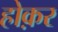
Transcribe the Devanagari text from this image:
होक़र